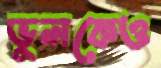
ভুলকেও